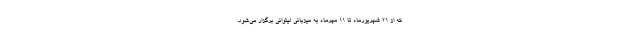
که از ۲۱ شهریورماه تا ۱۱ مهرماه به میزبانی لیتوانی برگزار می‌شود.